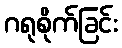
ဂရုစိုက်ခြင်း